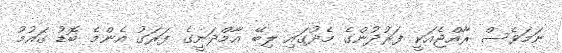
ނަމަވެސް ރާއްޖެއަކީ ފަރުދުންގެ މެދުގައި ލިބޭ އާމްދަނީގެ ފަރަގު އެންމެ ބޮޑު ގައުމު